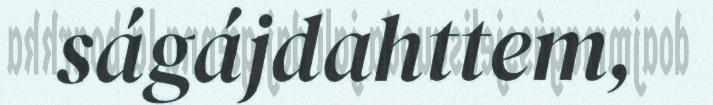
ságájdahttem,